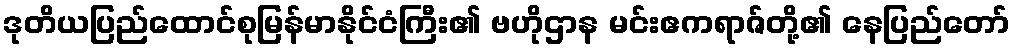
ဒုတိယပြည်ထောင်စုမြန်မာနိုင်ငံကြီး၏ ဗဟိုဌာန မင်းဧကရာဇ်တို့၏ နေပြည်တော်